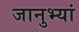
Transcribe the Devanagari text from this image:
जानुभ्यां